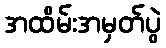
အထိမ်းအမှတ်ပွဲ